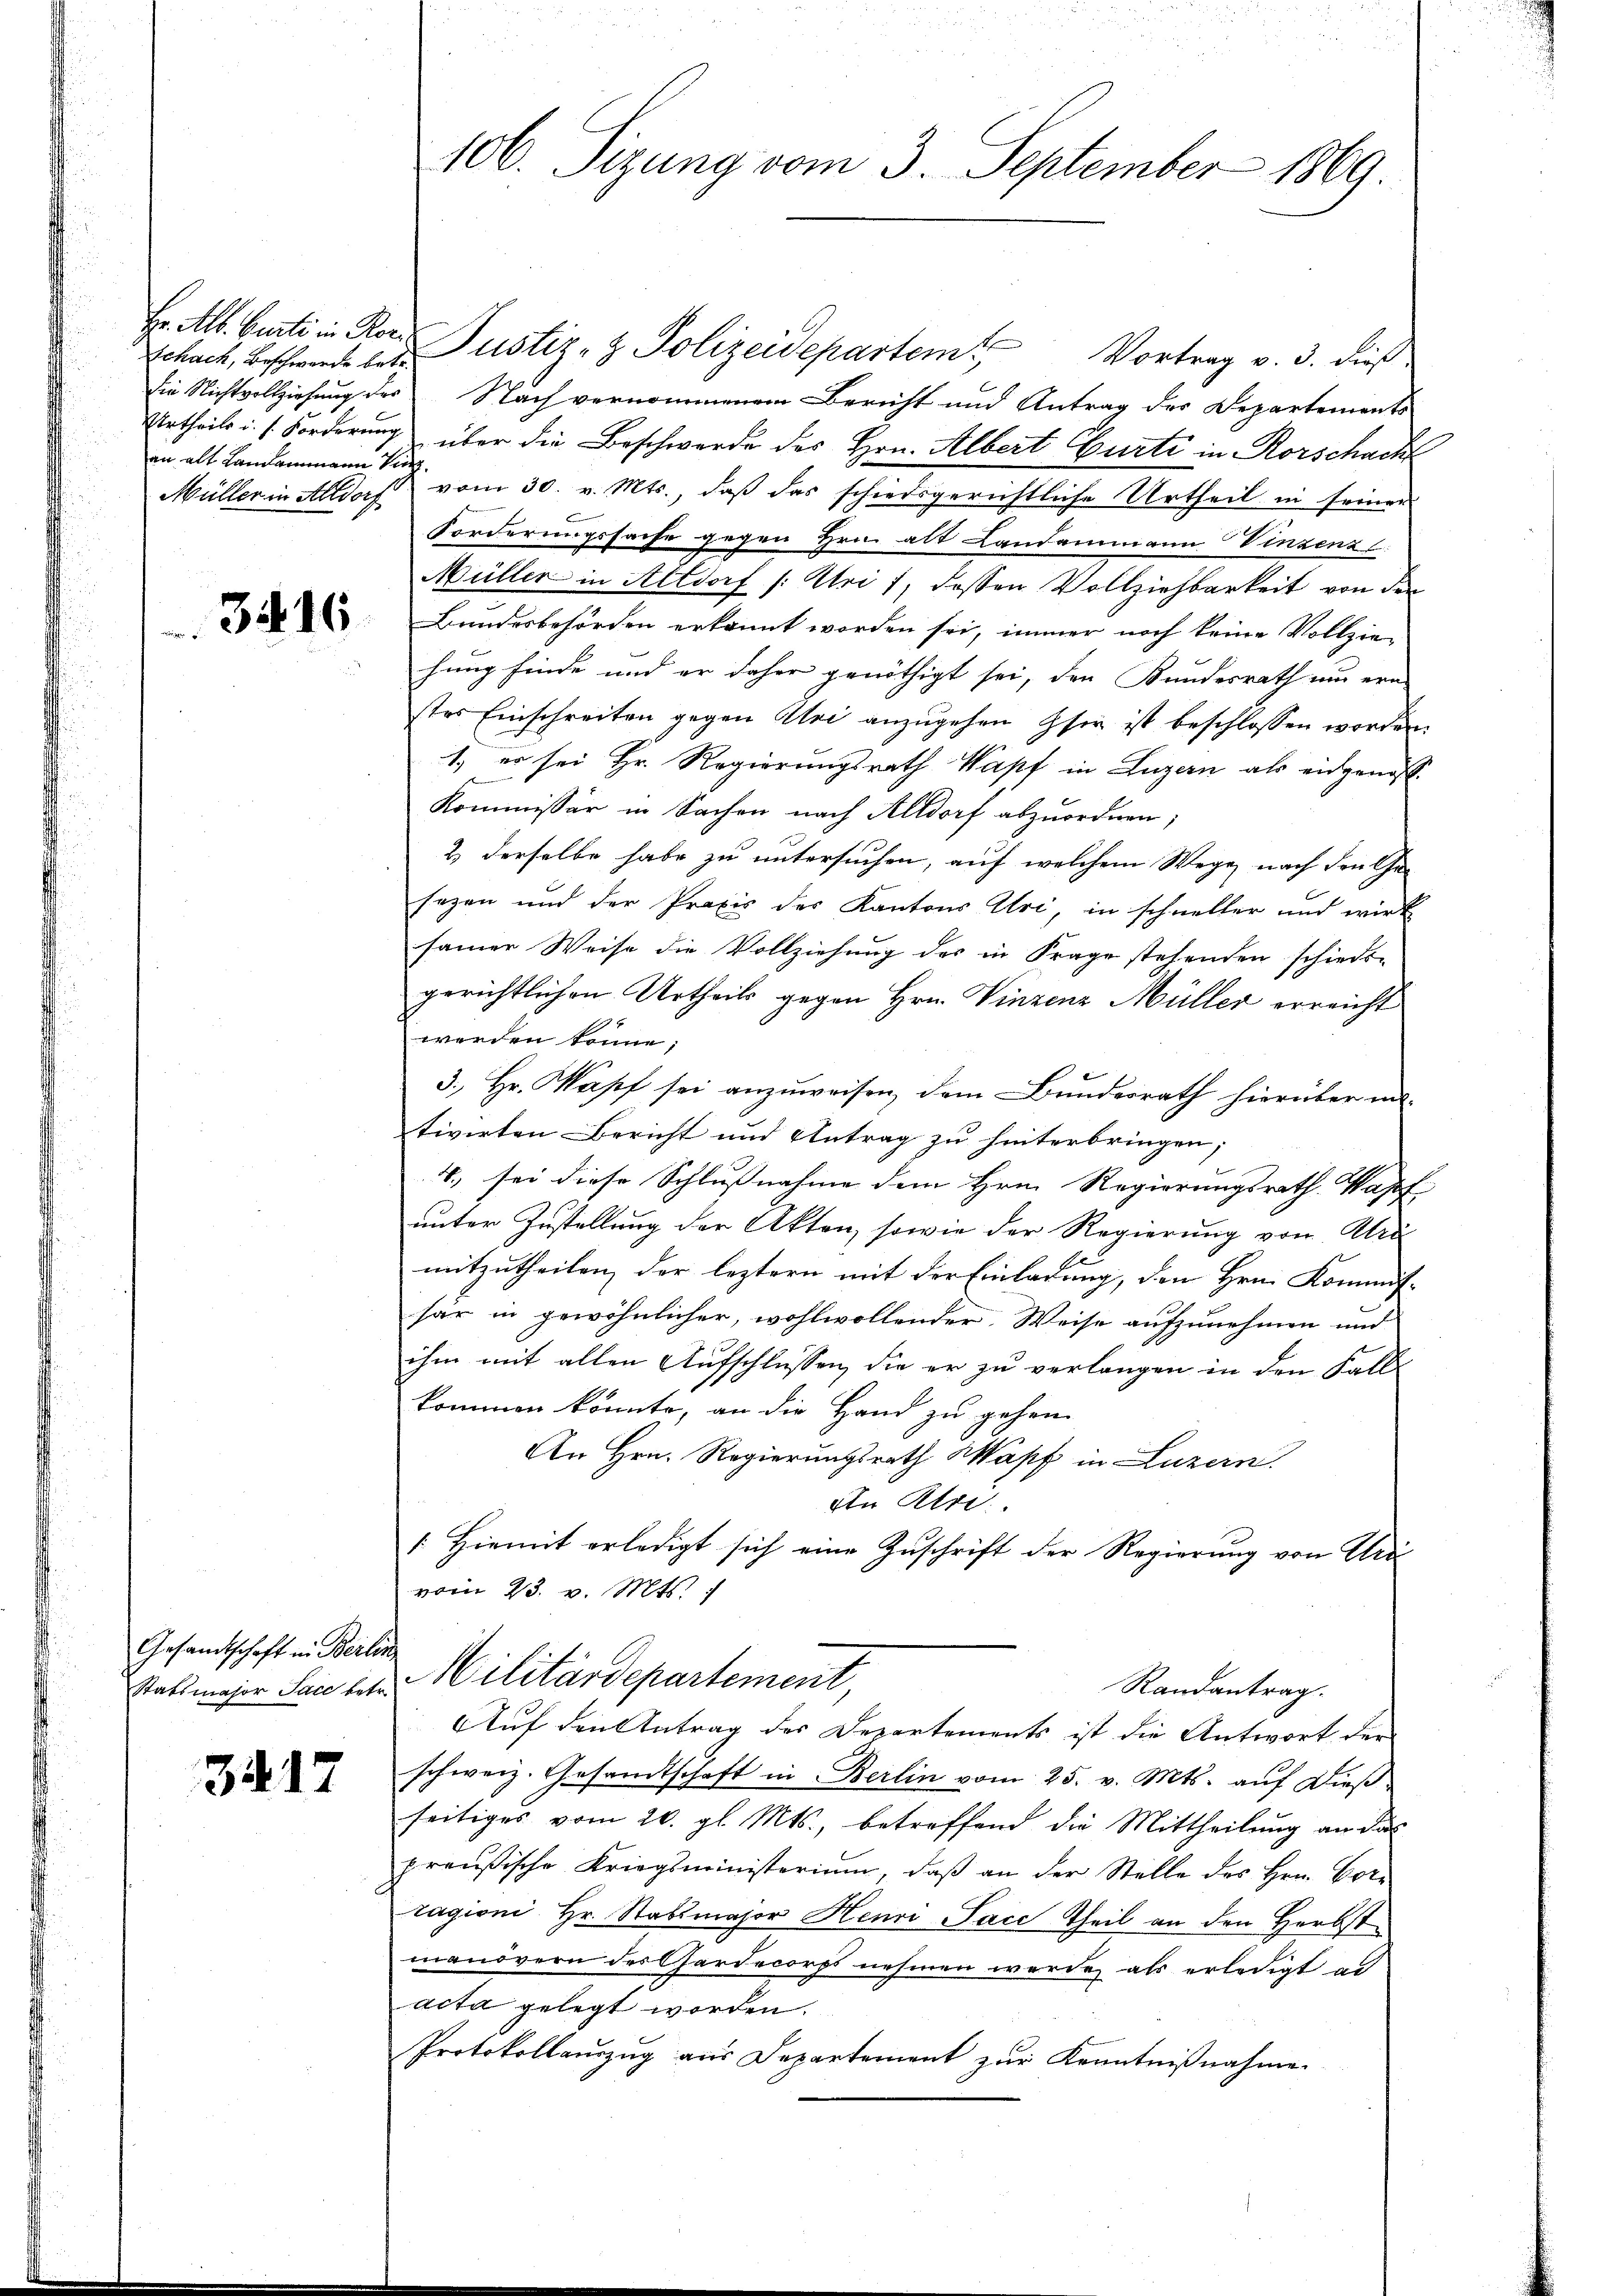
Schach, Beschwerde betr.
an alt Landammann vier

3416

Gesandtschaft in Berlin

3417

Hr. Alb. Curti in Ror Justiz- & Polizeidepartem Vortrag v. 3. dieß
die Nichtvollziehung des Nach vernommenen Bericht und Antrag des Departements
Urtheils u. s. Forderung über die Beschwerde des Hrn. Albert Gurte in Rorschacht
Müller in Altdorf vom 30. v. Mts., daß das schiedsgerichtliche Urtheil in seiner
Forderungssache gegen Hrn. alt Landammann Vinzenz
Müller in Altdorf /: Uri 1, dessen Vollziehbarkeit von den
Bundesbehörden erkannt worden sei, immer noch keine Vollzie-
hung finde und er daher genöthigt sei, den Bundesrath um ern
stes Einschreiten gegen Uri anzugehen sie ist beschlossen worden.
1., er sei Hr. Regierungsrath Wapf in Luzern als eidgenöß¬
Kommissär in Sachen nach Altdorf abzuordnen,
2) derselbe habe zu untersuchen, auf welchem Wege nach den Cha-
sezen und der Praxis des Kantons Uri, in schneller und wirk
samer Weise die Vollziehŭng der in Frage stehenden schieds-
gerichtlichen Urtheils gegen Hrn. Vinzenz Müller erreicht
werden könne;
3. Hr. Mapf sei anzŭweisen, dem Bundesrath hierüber in
tivirten Bericht und Antrag zu hinterbringen;
4., sei diese Schlussnahme dem Hrn. Regierungsrath Wapf
unter Zustellung der Akten, sowie der Regierung von Abri
mitzutheilen, der leztern mit der Einladung, den Hrn. Kommis-
här in gewöhnlicher, wohlwollender Weise aufzunehmen und
ihm mit allen Aufschlüssen, die er zu verlangen in den Fall
kommen könnte, an die Hand zu gehen.
An Hrn. Regierungsrath Wapf in Luzern.
Ain Kre
Hiemit erledigt sich eine Zuschrift der Regierung von Uri
vom 23. v. Mts.
Stattmaher Sachet. Militärdepartement,
Randantrag.
Auf den Antrag des Departements ist die Antwort der
schweiz. Gesandtschaft in Berlin vom 25. v. Mts. auf Dieß-
seitiges vom 20. gl. Mts., betreffend die Mittheilung an das
preußische Kriegsministerium, daβ an der Stelle des Hrn. Corr
ragioni Hr. Stabsmajor Henri Pace Theil an den Herbstmanövern des Gardecorps nehmen werde, als erledigt ad
acta gelegt worden.
Protokollauszug aus Departement zŭr Kenntnißnahme.

106. Sizung vom 3. September 1869.